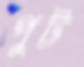
পুট